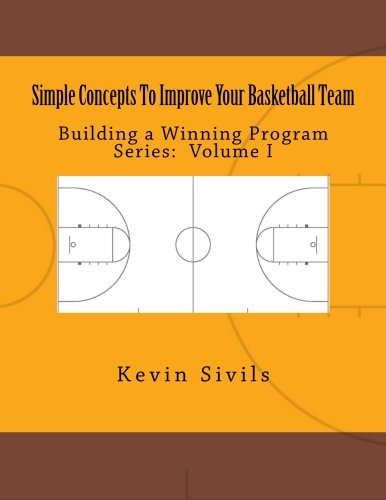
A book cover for Simple Concepts To Improve Your Basketball Team: Volume One (Building a Winning Program ) (Volume 1); Kevin Sivils; Sports & Outdoors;